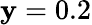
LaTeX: \mathbf{y}=0.2